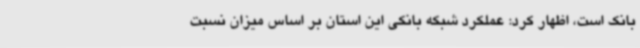
بانک است، اظهار کرد: عملکرد شبکه بانکی این استان بر اساس میزان نسبت